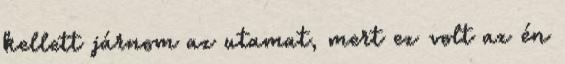
kellett járnom az utamat, mert ez volt az én